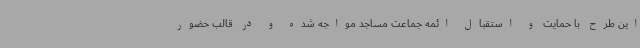
این طرح با حمایت و استقبال ائمه جماعت مساجد مواجه شده و در قالب حضور